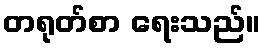
တရုတ်စာ ရေးသည်။